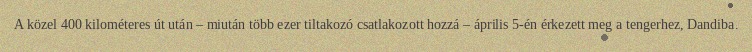
A közel 400 kilométeres út után – miután több ezer tiltakozó csatlakozott hozzá – április 5-én érkezett meg a tengerhez, Dandiba.